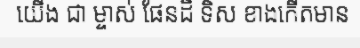
យើង ជា ម្ចាស់ ផែនដី ទិស ខាងកើតមាន